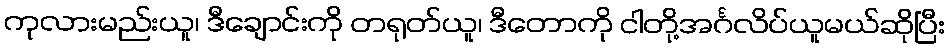
ကုလားမည်းယူ၊ ဒီချောင်းကို တရုတ်ယူ၊ ဒီတောကို ငါတို့အင်္ဂလိပ်ယူမယ်ဆိုပြီး